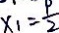
x _ { 1 } = \frac { 9 } { 2 }